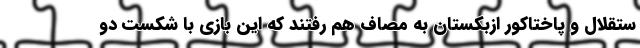
ستقلال و پاختاکور ازبکستان به مصاف هم رفتند که این بازی با شکست دو